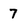
Character: 7